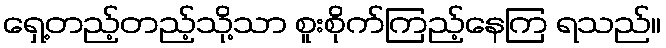
ရှေ့တည့်တည့်သို့သာ စူးစိုက်ကြည့်နေကြ ရသည်။